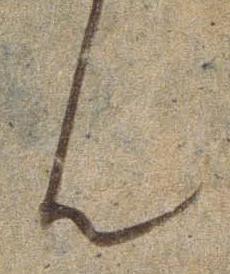
ん